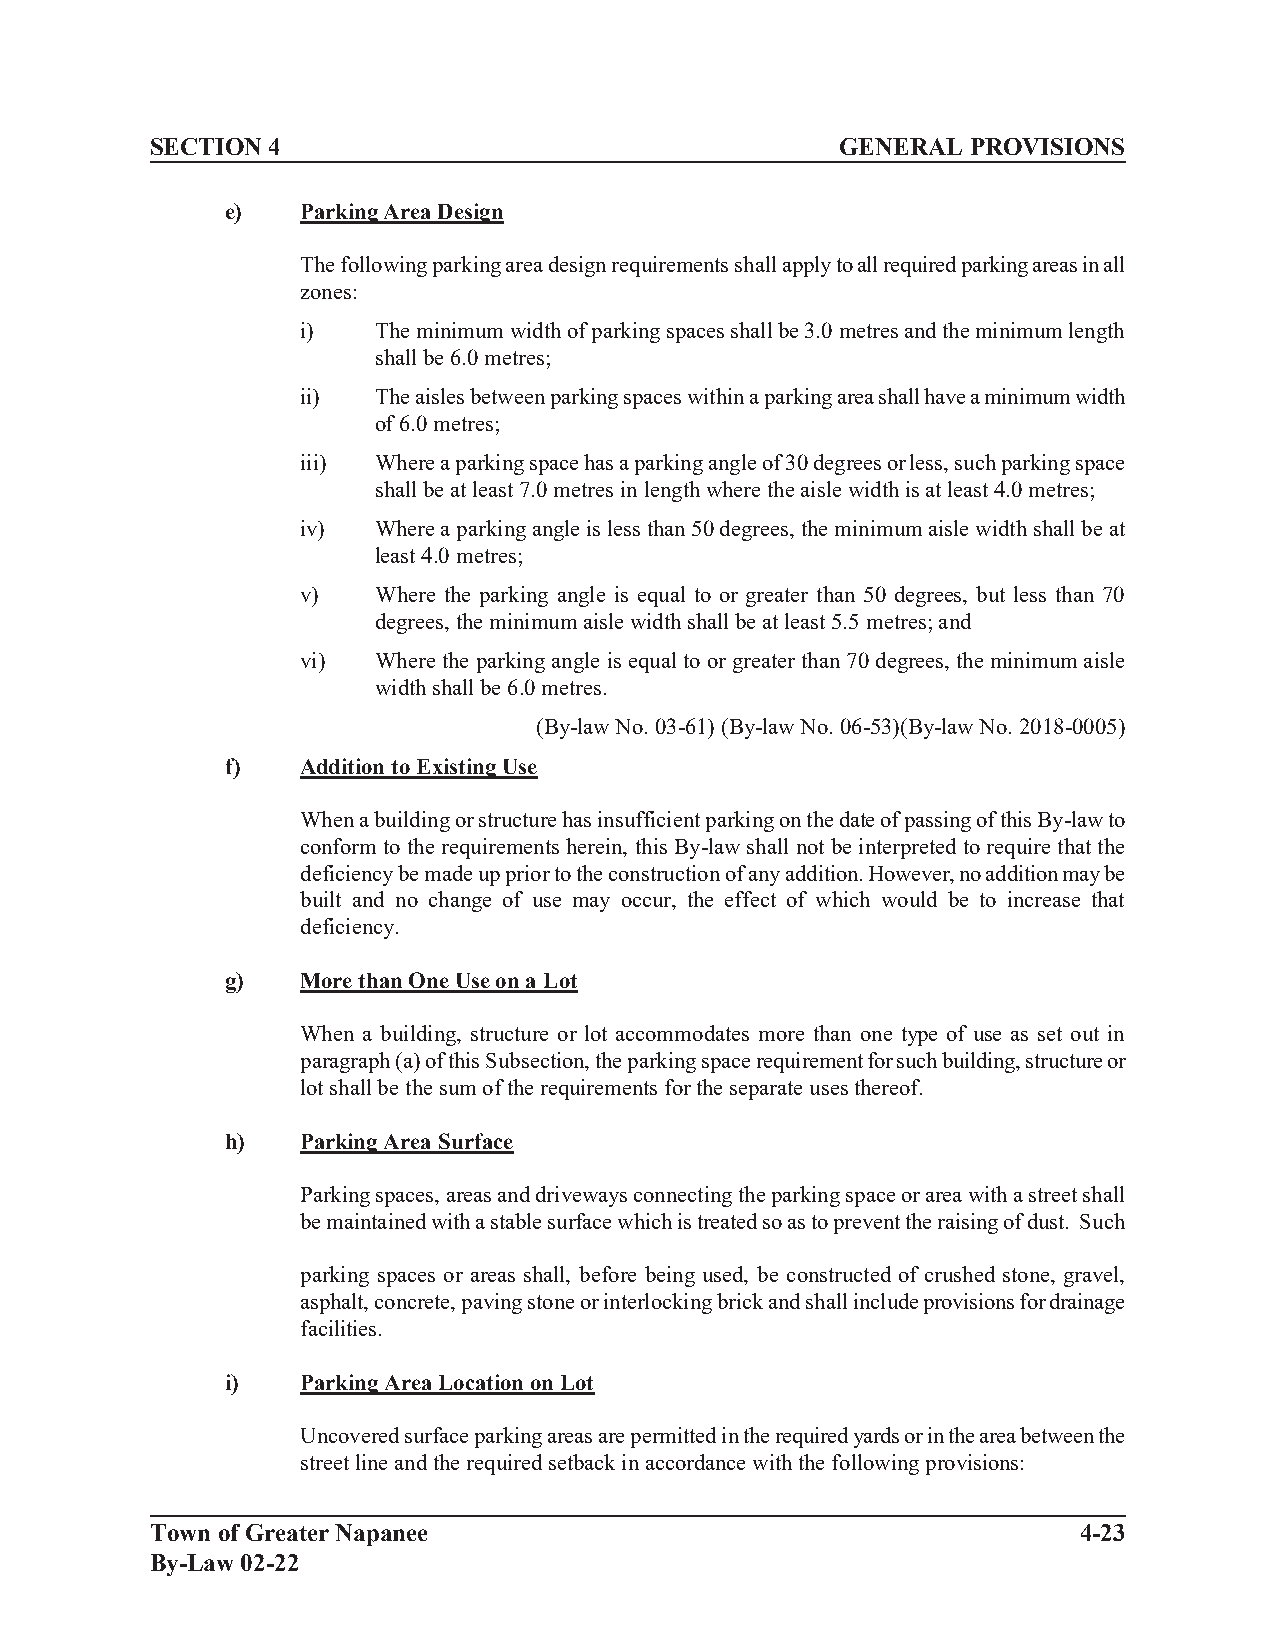
SECTION 4                                     GENERAL PROVISIONS
 e)   Parking Area Design
 The following parking area design requirements shall apply to all required parking areas in all
 zones:
 i)   The minimum width of parking spaces shall be 3.0 metres and the minimum length
 shall be 6.0 metres;
 ii)  The aisles between parking spaces within a parking area shall have a minimum width
 of 6.0 metres;
 iii) Where a parking space has a parking angle of 30 degrees or less, such parking space
 shall be at least 7.0 metres in length where the aisle width is at least 4.0 metres;
 iv)  Where a parking angle is less than 50 degrees, the minimum aisle width shall be at
 least 4.0 metres;
 v)   Where the parking angle is equal to or greater than 50 degrees, but less than 70
 degrees, the minimum aisle width shall be at least 5.5 metres; and
 vi)  Where the parking angle is equal to or greater than 70 degrees, the minimum aisle
 width shall be 6.0 metres.
 (By-law No. 03-61) (By-law No. 06-53)(By-law No. 2018-0005)
 f)   Addition to Existing Use
 When a building or structure has insufficient parking on the date of passing of this By-law to
 conform to the requirements herein, this By-law shall not be interpreted to require that the
 deficiency be made up prior to the construction of any addition. However, no addition may be
 built and no change of use may occur, the effect of which would be to increase that
 deficiency.
 g)   More than One Use on a Lot
 When a building, structure or lot accommodates more than one type of use as set out in
 paragraph (a) of this Subsection, the parking space requirement for such building, structure or
 lot shall be the sum of the requirements for the separate uses thereof.
 h)   Parking Area Surface
 Parking spaces, areas and driveways connecting the parking space or area with a street shall
 be maintained with a stable surface which is treated so as to prevent the raising of dust. Such
 parking spaces or areas shall, before being used, be constructed of crushed stone, gravel,
 asphalt, concrete, paving stone or interlocking brick and shall include provisions for drainage
 facilities.
 i)   Parking Area Location on Lot
 Uncovered surface parking areas are permitted in the required yards or in the area between the
 street line and the required setback in accordance with the following provisions:
 Town of Greater Napanee                                      4-23
 By-Law 02-22